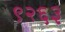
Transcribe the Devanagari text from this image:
९२६३